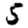
Digit: 5